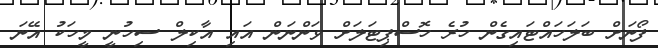
ފޯނަށް ބަލަހައްޓައިގެން ހުރެ ހޮސްޕިޓަލަށް ވަންނަން އައި އާކިލް ސިހުނީ މީހަކު އޭނަ